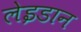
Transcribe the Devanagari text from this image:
लेइडान